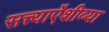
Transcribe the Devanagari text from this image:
सत्त्याऐंशीव्या